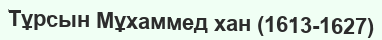
Тұрсын Мұхаммед хан (1613-1627)